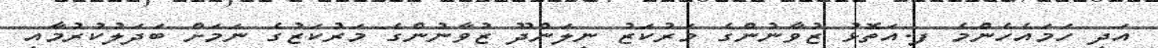
އަދި ހަމައެހެންމެ ފ.އަތޮޅު ޒުވާނުންގެ މަރުކަޒު ނިލަންދޫ ޒުވާނުންގެ މަރުކަޒުގެ ނަމަށް ބަދަލުކުރުމާއި